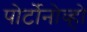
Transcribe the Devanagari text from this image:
पोर्टोनोव्हो